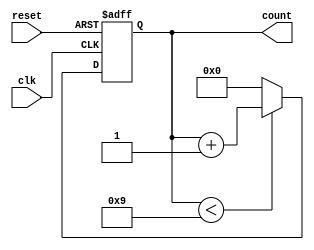
module bcd_counter (
    input wire clk,       // Clock signal
    input wire reset,     // Asynchronous reset signal
    output reg [3:0] count // 4-bit output for BCD count
);

// Always block for synchronous logic
always @(posedge clk or posedge reset) begin
    if (reset) begin
        count <= 4'b0000; // Reset count to 0
    end else begin
        if (count < 4'b1001) begin
            count <= count + 1; // Increment count
        end else begin
            count <= 4'b0000; // Reset count to 0 if it exceeds 9
        end
    end
end

endmodule